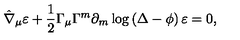
\hat { \nabla } _ { \mu } \varepsilon + \frac 1 2 { \Gamma _ { \mu } } \Gamma ^ { m } \partial _ { m } \log \left( \Delta - \phi \right) \varepsilon = 0 ,